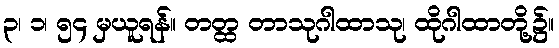
၃၊ ၁၊ ၅၄ မှယူရန်။ တတ္ထ တာသုဂါထာသု၊ ထိုဂါထာတို့၌။